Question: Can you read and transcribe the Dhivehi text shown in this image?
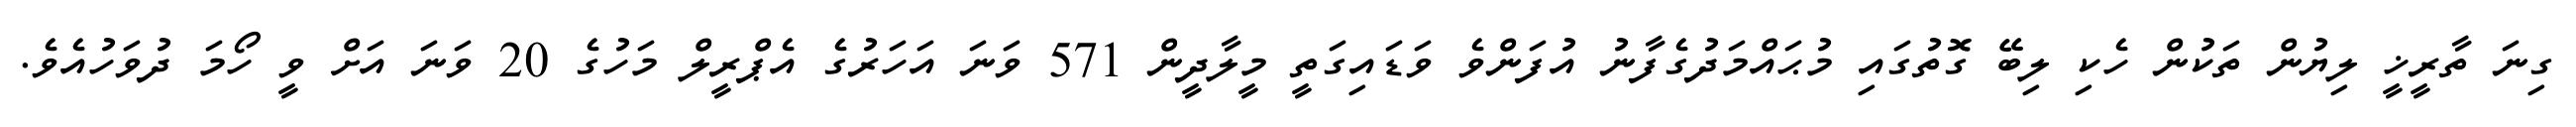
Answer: ގިނަ ތާރީޚީ ލިޔުން ތަކުން ހެކި ލިބޭ ގޮތުގައި މުޙައްމަދުގެފާނު އުފަންވެ ވަޑައިގަތީ މީލާދީން 571 ވަނަ އަހަރުގެ އެޕްރީލް މަހުގެ 20 ވަނަ އަށް ވީ ހޯމަ ދުވަހުއެވެ.